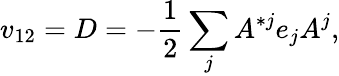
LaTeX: v_{12}=D=-{\frac{1}{2}}\sum_{j}A^{*j}e_{j}A^{j},